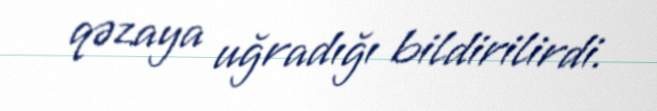
qəzaya uğradığı bildirilirdi.